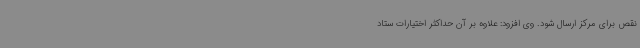
نقص برای مرکز ارسال شود. وی افزود: علاوه بر آن حداکثر اختیارات ستاد